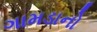
ગામડાનો